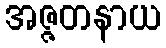
အဇ္ဇတနာယ